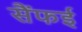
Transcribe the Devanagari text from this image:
सैंफई